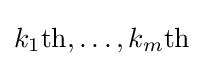
k_{1}{\text{th}},\ldots ,k_{m}{\text{th}}